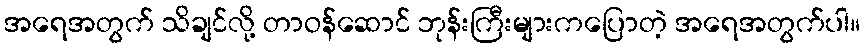
အရေအတွက် သိချင်လို့ တာဝန်ဆောင် ဘုန်းကြီးများကပြောတဲ့ အရေအတွက်ပါ။